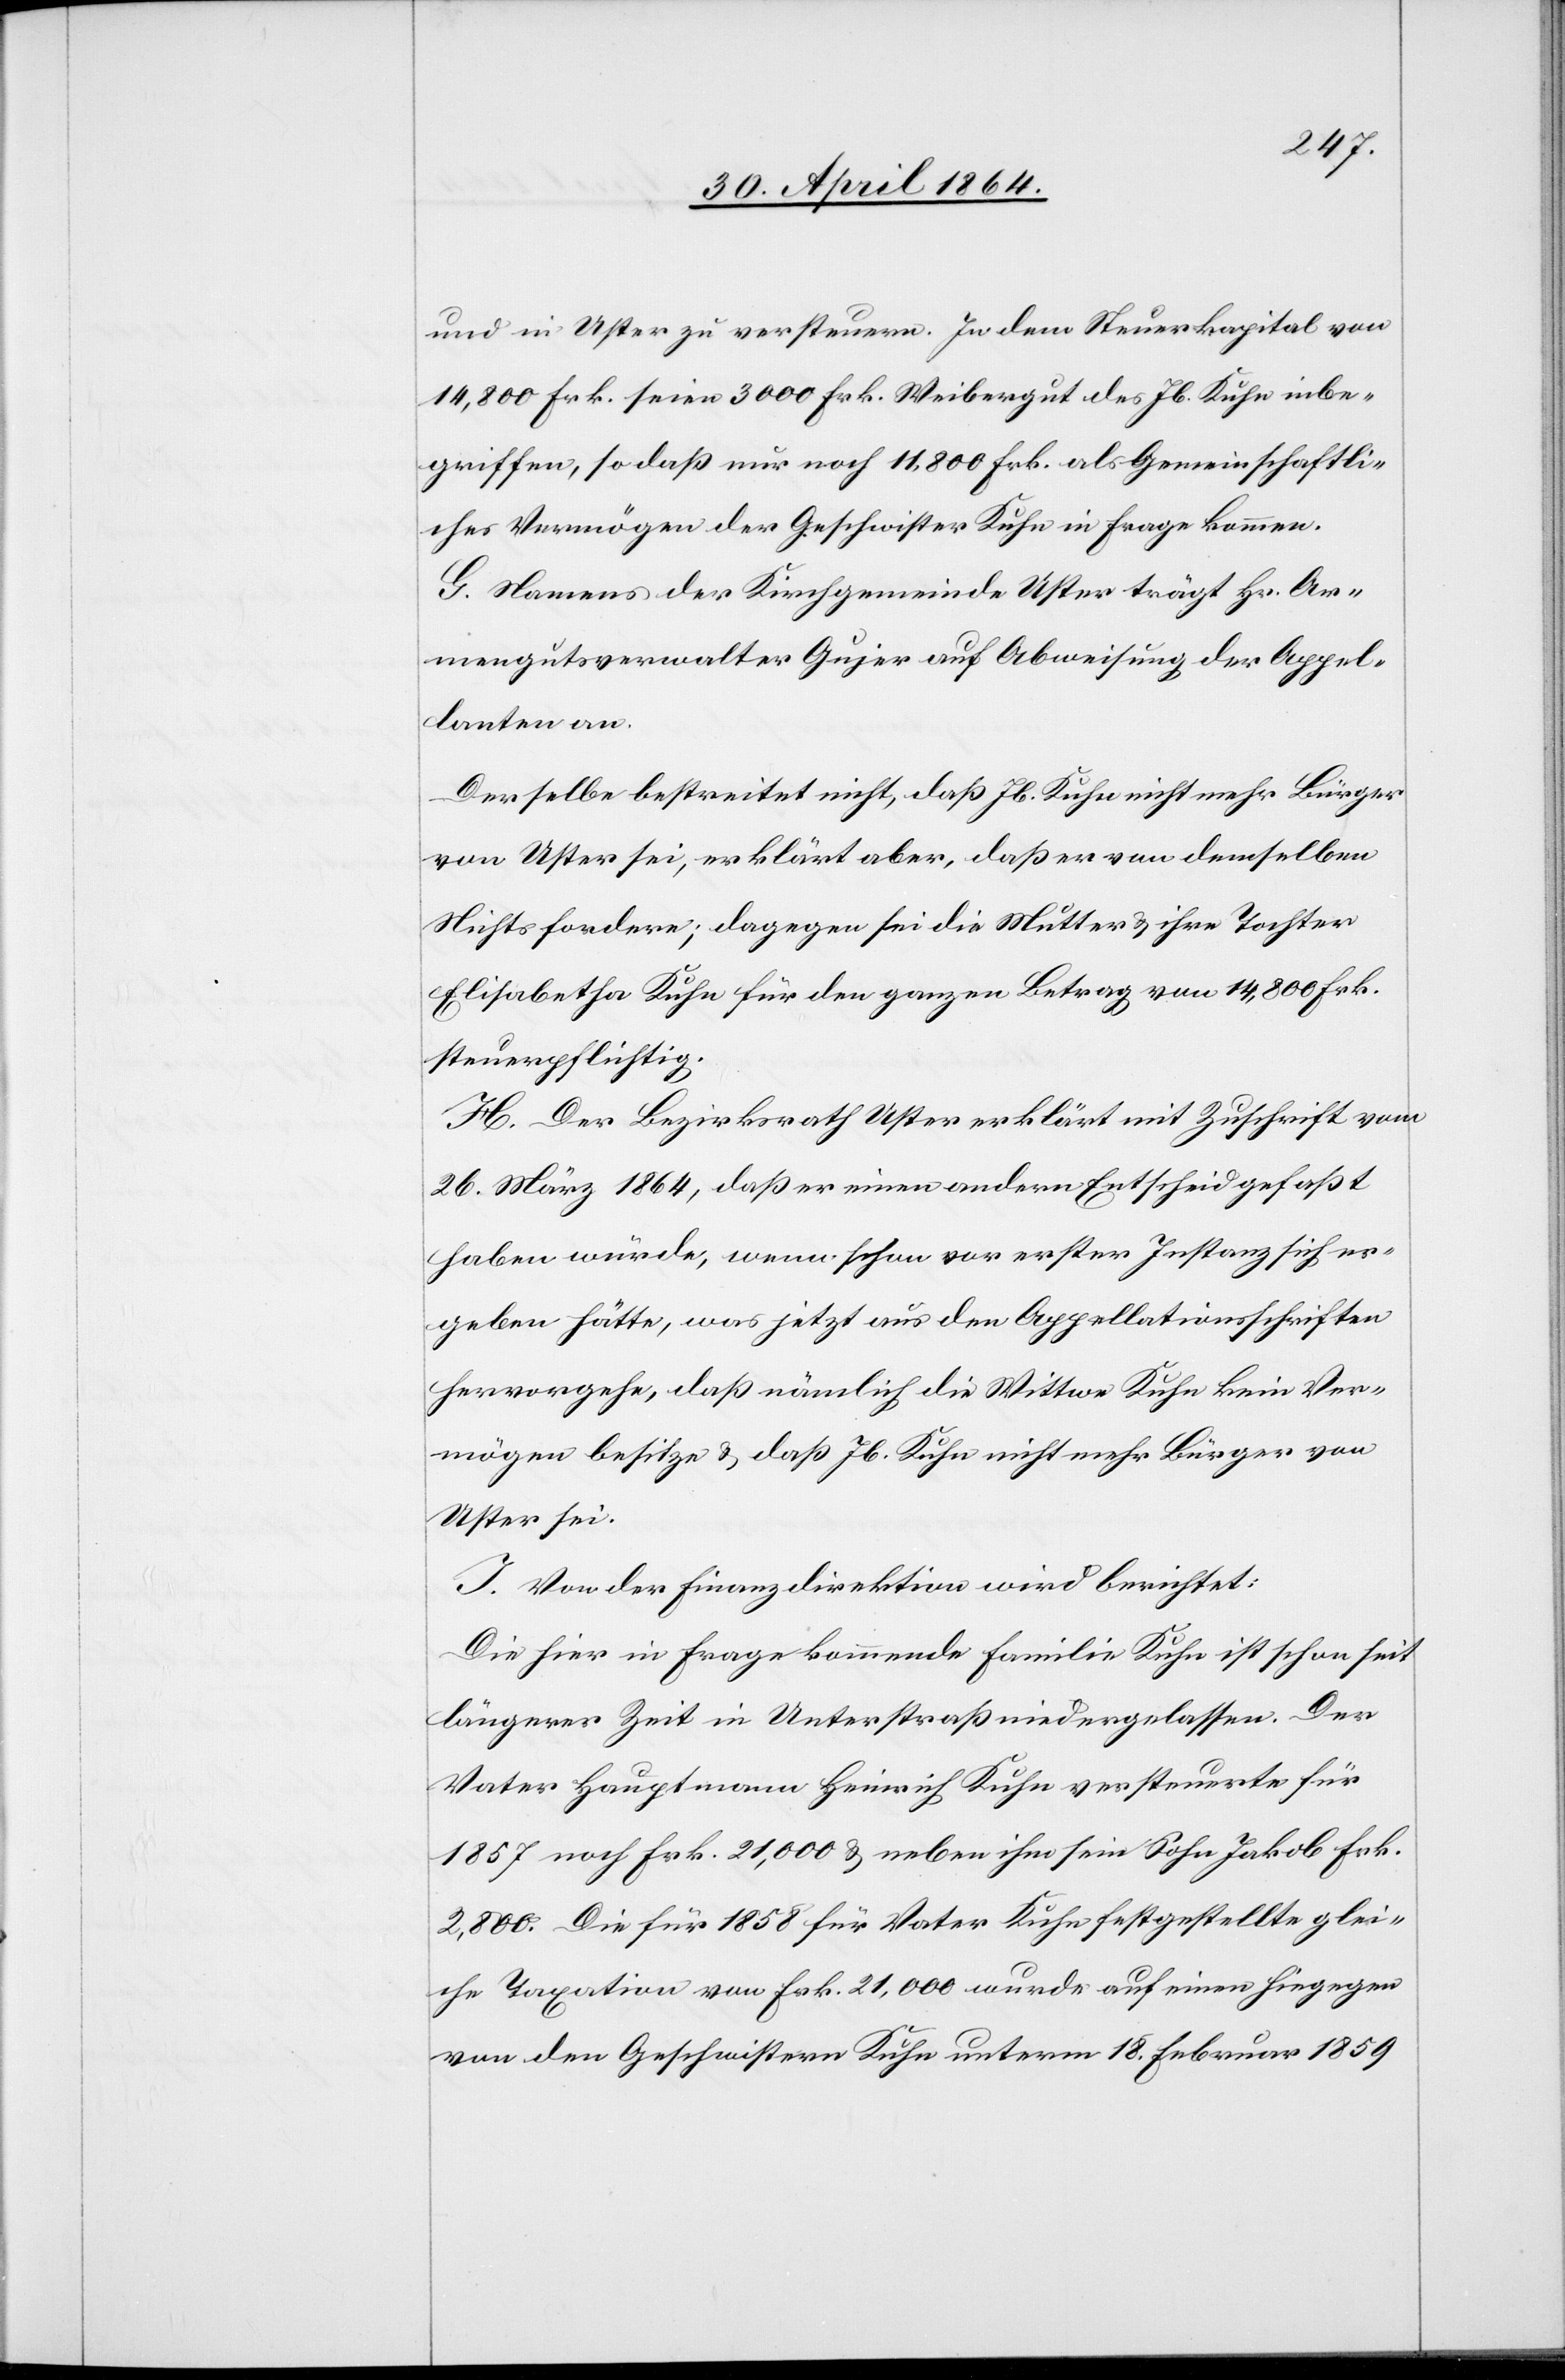
und in Uster zu versteuern. In dem Steuerkapital von
14,800 Frk. seien 300 Frk. Weibergut des Jb. Kuhn inbe¬
griffen, so daß nur noch 11,800 Frk. als Gemeinschaftli¬
ches Vermögen der Geschwister Kuhn in Frage kommen.
G. Namens der Kirchgemeinde Uster trägt Hr. Ar¬
mengutsverwalter Gujer auf Abweisung der Appel¬
lanten an.
Derselbe bestreitet nicht, daß Jb. Kuhn nicht mehr Bürger
von Uster sei, erklärt aber, daß er von demselben
Nichts fordere; dagegen sei die Mutter u. ihre Tochter
Elisabetha Kuhn für den ganzen Betrag von 14,800 Frk.
steuerpflichtig.
H. Der Bezirksrath Uster erklärt mit Zuschrift vom
26. März 1864, daß er einen andern Entscheid gefaßt
haben würde, wenn schon vor erster Instanz sich er¬
geben hätte, was jetzt aus den Appellationsschriften
hervorgehe, daß nämlich die Wittwe Kuhn kein Ver¬
mögen besitze u. daß Jb. Kuhn nicht mehr Bürger von
Uster sei.
I. Von der Finanzdirektion wird berichtet:
Die hier in Frage kommende Familie Kuhn ist schon seit
längerer Zeit in Unterstraß niedergelassen. Der
Vater Hauptmann Heinrich Kuhn versteuerte für
1857 noch Frk. 21,000 u. neben ihm sein Sohn Jakob Frk.
2,800. Die für 1858 für Vater Kuhn festgestellte glei¬
che Taxation von Frk. 21,000 wurde auf einen hiegegen
von den Geschwistern Kuhn unterm 18. Februar 1859